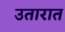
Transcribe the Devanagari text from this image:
उतारात